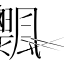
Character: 𩙞